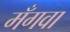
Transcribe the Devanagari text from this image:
मँगवा